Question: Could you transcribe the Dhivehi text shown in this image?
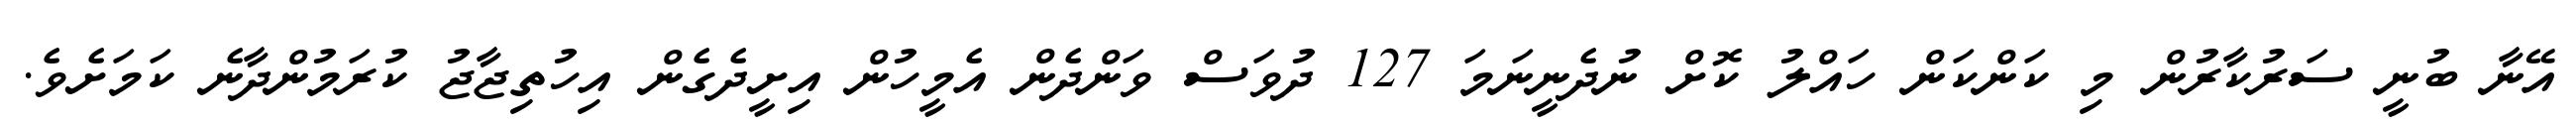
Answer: އޭނާ ބުނީ ސަރުކާރުން މި ކަންކަން ހައްލު ކޮށް ނުދެނީނަމަ 127 ދުވަސް ވަންދެން އެމީހުން އިށީދެގެން އިހުތިޖާޖު ކުރަމުންދާނެ ކަމަށެވެ.